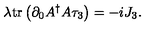
\lambda \mathrm { t r } \left( \partial _ { 0 } A ^ { \dag } A \tau _ { 3 } \right) = - i J _ { 3 } .